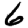
Digit: 6